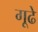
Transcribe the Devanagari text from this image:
गूढे